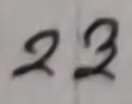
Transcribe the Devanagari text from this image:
२३